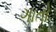
ગાતો